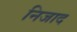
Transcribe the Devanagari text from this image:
निजाद